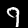
Label: 9